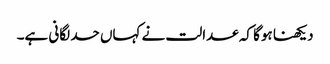
دیکھنا ہوگا کہ عدالت نے کہاں حد لگانی ہے۔